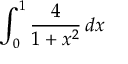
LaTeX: \int _ { 0 } ^ { 1 } { \frac { 4 } { 1 + x ^ { 2 } } } \, d x